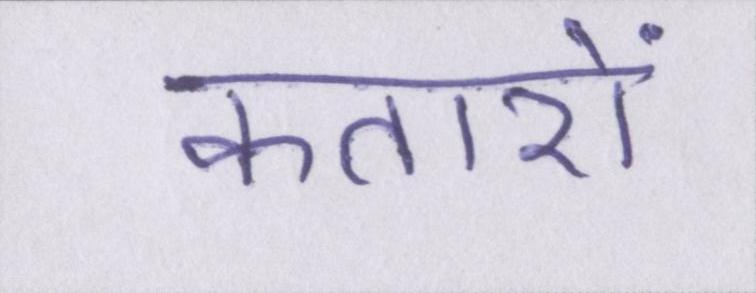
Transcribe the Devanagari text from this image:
कतारों